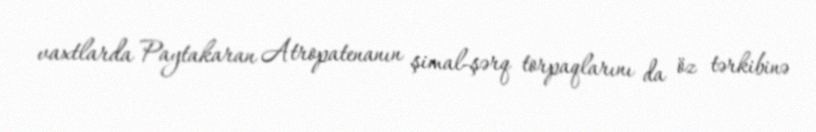
vaxtlarda Paytakaran Atropatenanın şimal-şərq torpaqlarını da öz tərkibinə